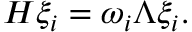
{ \cal H } \xi _ { i } = \omega _ { i } \Lambda \xi _ { i } .